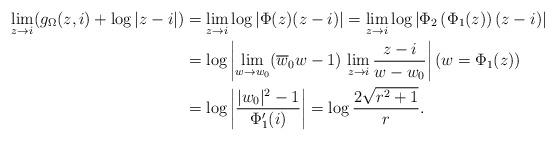
LaTeX: \begin{align*}\lim_{z\to i} (g_\Omega(z,i) + \log|z-i|) &= \lim_{z\to i} \log|\Phi(z)(z-i)| = \lim_{z\to i} \log|\Phi_2\left(\Phi_1(z)\right)(z-i)| \\ &= \log\left| \lim_{w\to w_0} (\overline{w}_0 w - 1)\, \lim_{z\to i} \frac{z-i}{w-w_0} \right|(w=\Phi_1(z)) \\ &= \log \left|\frac{|w_0|^2-1}{\Phi_1'(i)}\right| = \log\frac{2\sqrt{r^2+1}}{r}.\end{align*}